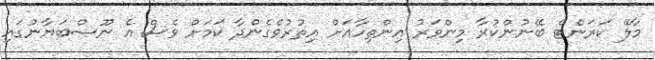
މާލޭ ކަރަންޓް ބޭނުންކުރާ މިންވަރު އިންތިހާއަށް އިތުރުވެގެންދާ ކަމަށް ވެސް އެ ނޫސްބަޔާނުގައި